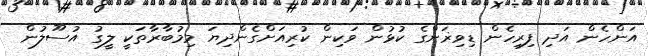
އަންހެން އަދި ފިރިހެން ޑިވިޜަންގެ ކުޅުން ވަކިން ކުރިއަށްގެންދިޔަ މިމުބާރާތަކީ ލީގު އުސޫލުން